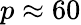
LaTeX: p\approx 60